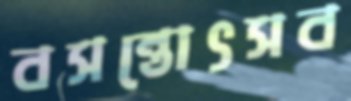
বসন্তোৎসব